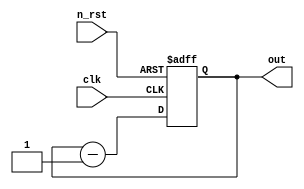
module counter_up_binary(
  clk,
  n_rst,
  out
);

input clk;
input n_rst;
output reg [2:0] out;

always@( posedge clk or negedge n_rst)
begin
    if(!n_rst)
        out <= 3'b000;
    else
        out <= out -1;
end
endmodule